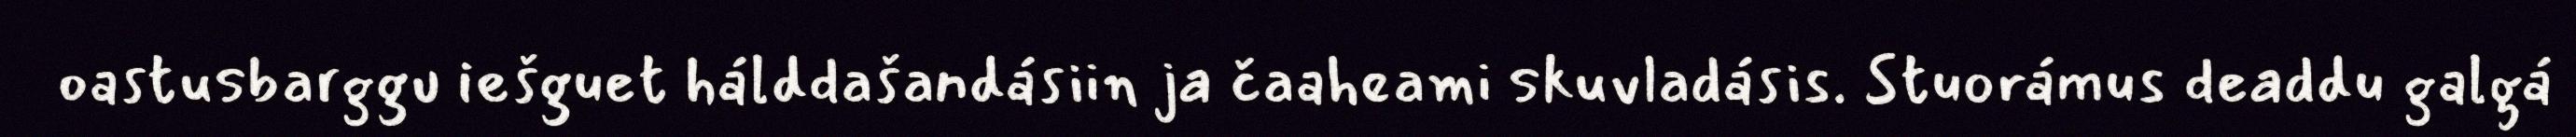
oastusbarggu iešguet hálddašandásiin ja čaaheami skuvladásis. Stuorámus deaddu galgá